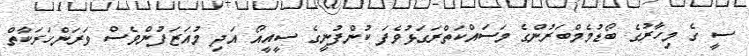
ސީ ގެ މިހާރުގެ ބޯޑުމެމްބަރުންގެ މަސައްކަތްރަގަޅުވެފަ ކުންފުނީގެ ސީއީއޯ އަދި މުއަޒަފުންވެސް ވަރަންހަރަކާތް